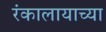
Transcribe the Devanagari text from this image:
रंकालायाच्या